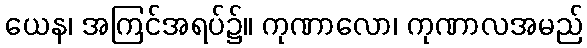
ယေန၊ အကြင်အရပ်၌။ ကုဏာလော၊ ကုဏာလအမည်